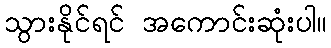
သွားနိုင်ရင် အကောင်းဆုံးပါ။